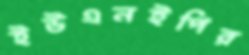
ইউএনইপির